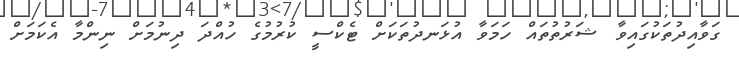
ގަވާއިދުތަކުގައިވާ ޝަރުތުތައް ހަމަވާ އުޅަނދުތަކަށް ޓެކްސީ ކުރުމުގެ ހުއްދަ ދިނުމަށް ނިންމާ އެކަމަށް